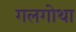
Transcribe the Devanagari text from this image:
गलगोथा